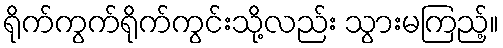
ရိုက်ကွက်ရိုက်ကွင်းသို့လည်း သွားမကြည့်။